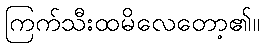
ကြက်သီးထမိလေတော့၏။